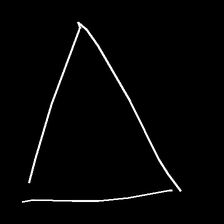
Glyph: convergence